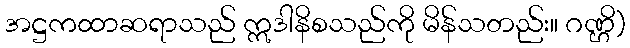
အဋ္ဌကထာဆရာသည် ဣဒါနိစသည်ကို မိန်သတည်း။ ဂဏ္ဌိ)